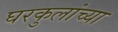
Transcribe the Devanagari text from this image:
घरकुलांच्या